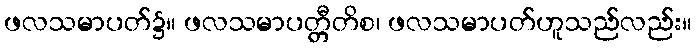
ဖလသမာပတ်၌။ ဖလသမာပတ္တီတိစ၊ ဖလသမာပတ်ဟူသည်လည်း။